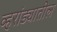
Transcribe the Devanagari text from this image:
व्हरांड्यातील